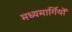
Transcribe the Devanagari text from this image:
मध्यमार्गियों